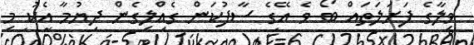
ވިލާގެ ފަށަލަތައް ބޯ ވެ އޭގެ ސާފުކަން ގެއްލިގެން ދިޔުމާ އެކު މި